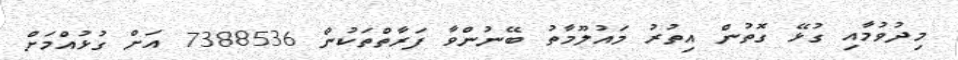
މިދުވުމާއި ގުޅޭ ގޮތުން އިތުރު މައުލޫމާތު ބޭނުންވާ ފަރާތްތަކުން 7388536 އަށް ގުޅުއްމަށް